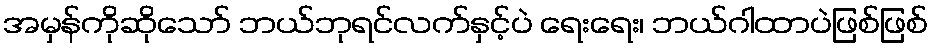
အမှန်ကိုဆိုသော် ဘယ်ဘုရင်လက်နှင့်ပဲ ရေးရေး၊ ဘယ်ဂါထာပဲဖြစ်ဖြစ်